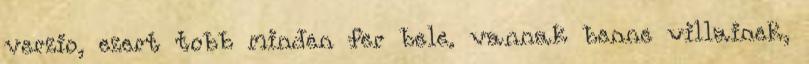
verzio, ezert tobb minden fer bele. vannak benne villainek,